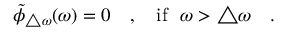
\tilde { \phi } _ { \triangle \omega } ( \omega ) = 0 ~ ~ ~ , ~ ~ ~ \mathrm { i f } ~ ~ \omega > \triangle \omega ~ ~ ~ .